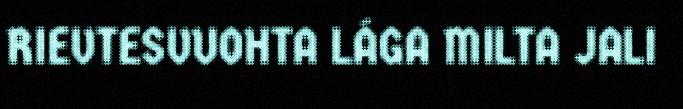
RIEVTESVUOHTA LÁGA MILTA JALI